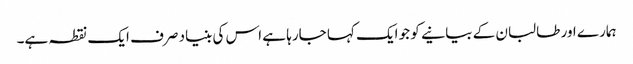
ہمارے اور طالبان کے بیانیے کو جو ایک کہا جارہا ہے اس کی بنیاد صرف ایک نقطہ ہے۔